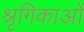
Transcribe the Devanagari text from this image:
श्रृगिकाओं